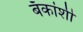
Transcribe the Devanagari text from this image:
बँकांशी